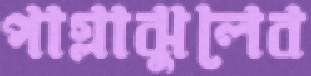
পাগ্লাঝুলেব